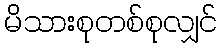
မိသားစုတစ်စုလျှင်